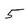
Character: 5